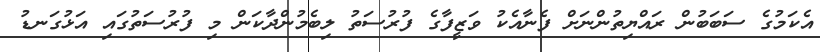
އެކަމުގެ ސަބަބުން ރައްޔިތުންނަށް ފެނާއެކު ވަޒީފާގެ ފުރުސަތު ލިބެމުންދާކަން މި ފުރުސަތުގައި އަޅުގަނޑު